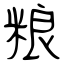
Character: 粮